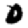
Digit: 0